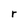
Character: r